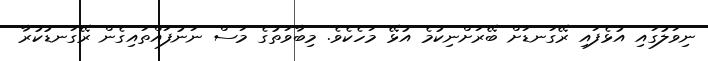
ނިވަލުގައި އުޅެފައި ރޭގަނޑަށް ބޭރަށްނިކުމެ އުޅޭ މަހެކެވެ. މިބާވަތުގެ މަސް ނަނުފައްތައިގެން ރޭގަނޑުކުރާ